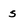
Character: s